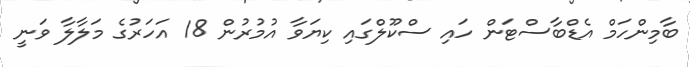
ބާމިންހަމް އެޑްބާސްޓަން ހައި ސްކޫލްގައި ކިޔަވާ އުމުރުން 18 އަހަރުގެ މަލާލާ ވަނީ